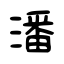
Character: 潘